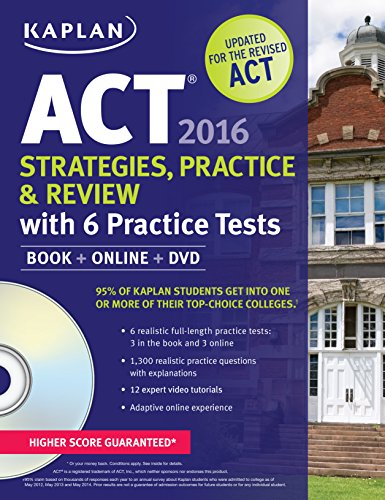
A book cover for Kaplan ACT 2016 Strategies, Practice and Review with 6 Practice Tests: Book + Online + DVD (Kaplan Test Prep); Kaplan; Test Preparation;